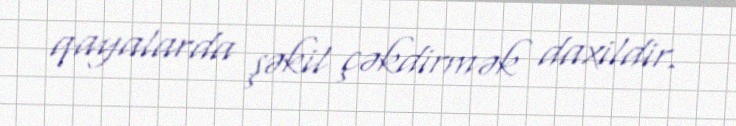
qayalarda şəkil çəkdirmək daxildir.